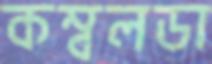
কম্বলডা